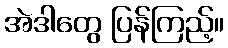
အဲဒါတွေ ပြန်ကြည့်။